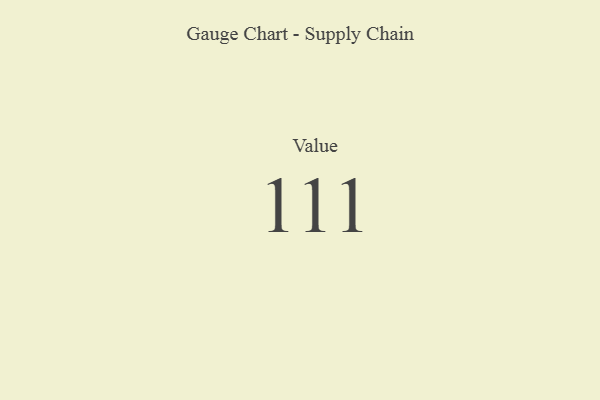
{"axis": {"x": "Metric", "y": "Value"}, "legend": [""], "data": [{"x": "Value", "y": 111, "type": ""}]}